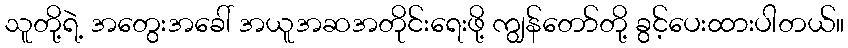
သူတို့ရဲ့ အတွေးအခေါ် အယူအဆအတိုင်းရေးဖို့ ကျွန်တော်တို့ ခွင့်ပေးထားပါတယ်။